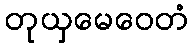
တုယှမေဝေတံ